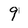
Character: 9